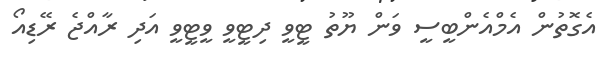
އެގޮތުން އެމްއެންބީސީ ވަން ޔޫތު ޓީވީ ދިޓީވީ ވީޓީވީ އަދި ރާއްޖެ ރޭޑިއޯ